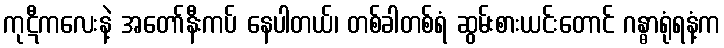
ကုဋီကလေးနဲ့ အတော်နီးကပ် နေပါတယ်၊ တစ်ခါတစ်ရံ ဆွမ်းစားယင်းတောင် ဂန္ဓာရုံရနံ့က